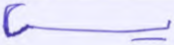
يس